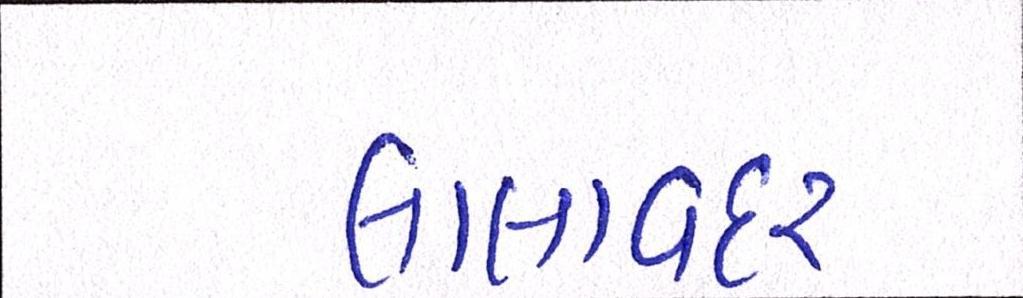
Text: લાલાવદર